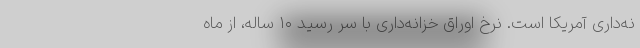
نه‌داری آمریکا است. نرخ اوراق خزانه‌داری با سر رسید ۱۰ ساله، از ماه‌